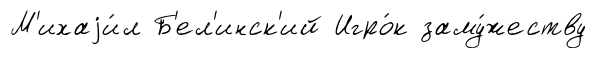
М'ихаjи́л Б'ел'инск'ий Игро́к заму́жеству